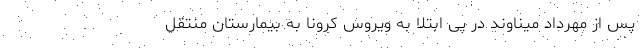
پس از مهرداد میناوند در پی ابتلا به ویروس کرونا به بیمارستان منتقل